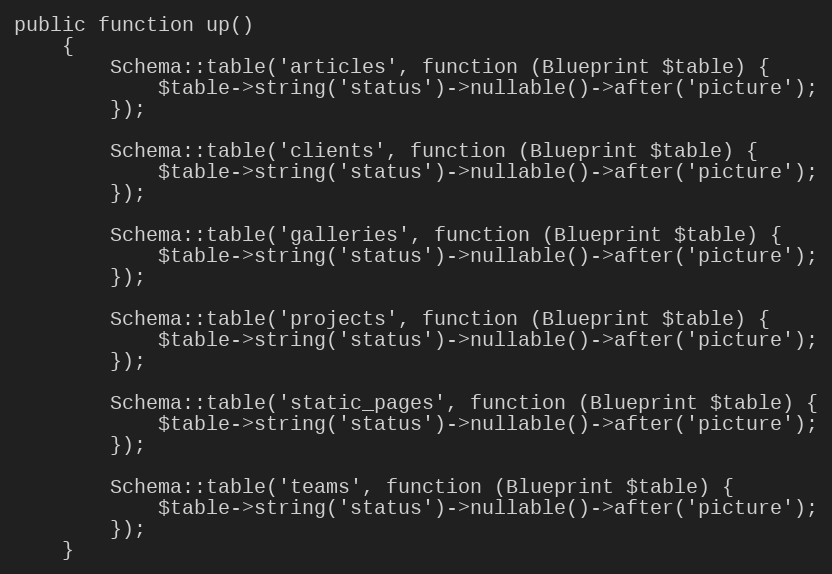
Language: PHP
public function up()
    {
        Schema::table('articles', function (Blueprint $table) {
            $table->string('status')->nullable()->after('picture');
        });

        Schema::table('clients', function (Blueprint $table) {
            $table->string('status')->nullable()->after('picture');
        });

        Schema::table('galleries', function (Blueprint $table) {
            $table->string('status')->nullable()->after('picture');
        });

        Schema::table('projects', function (Blueprint $table) {
            $table->string('status')->nullable()->after('picture');
        });

        Schema::table('static_pages', function (Blueprint $table) {
            $table->string('status')->nullable()->after('picture');
        });

        Schema::table('teams', function (Blueprint $table) {
            $table->string('status')->nullable()->after('picture');
        });
    }